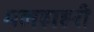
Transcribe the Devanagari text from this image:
मलहाहरी